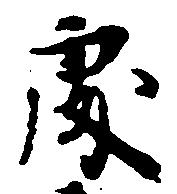
処